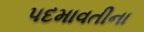
પદમાવતીના